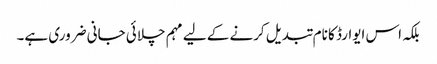
بلکہ اس ایوارڈ کا نام تبدیل کرنے کے لیے مہم چلائی جانی ضروری ہے۔